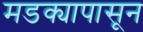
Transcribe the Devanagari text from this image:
मडक्यापासून